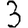
Digit: 3